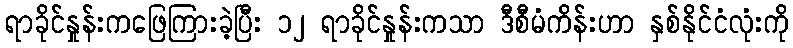
ရာခိုင်နှုန်းကဖြေကြားခဲ့ပြီး ၁၂ ရာခိုင်နှုန်းကသာ ဒီစီမံကိန်းဟာ နှစ်နိုင်ငံလုံးကို